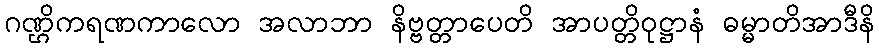
ဂဏ္ဌိကရဏကာလော အလာဘာ နိဗ္ဗတ္တာပေတိ အာပတ္တိဝုဋ္ဌာနံ ဓမ္မာတိအာဒီနိ